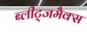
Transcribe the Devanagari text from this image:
ब्लीट्जमैक्स